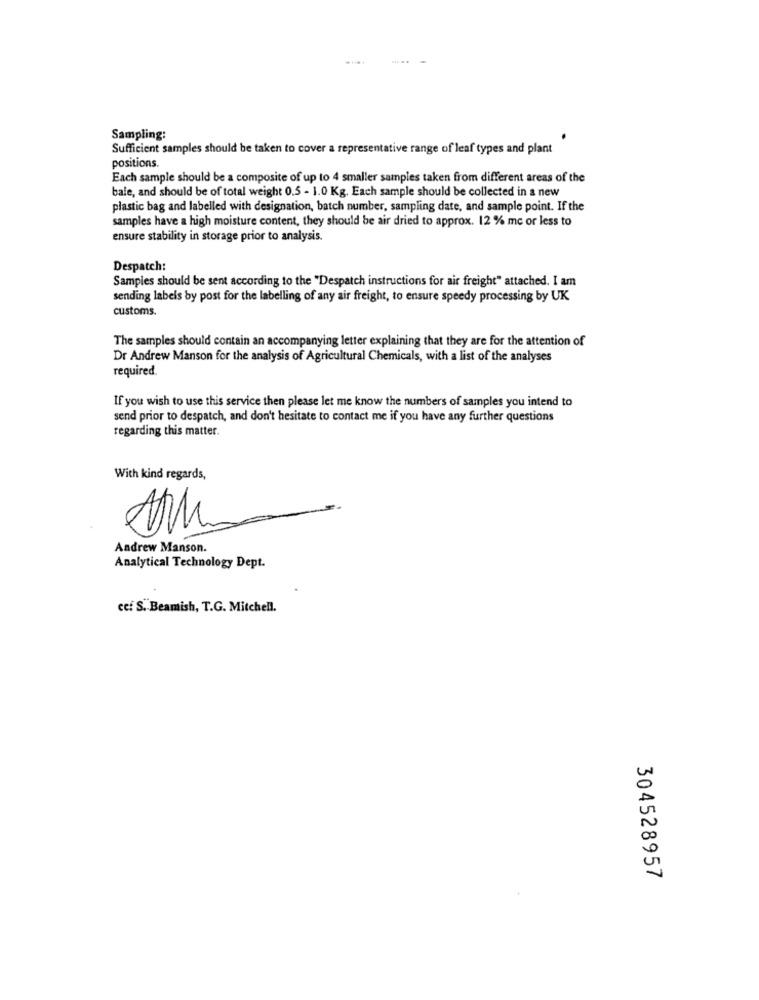
Sampling:
Sufficient samples should be taken to cover a representative range of leaf types and plant
positions.
Each sample should be a composite of up to 4 smaller samples taken from different areas of the
bale, and should be of total weight 0.5 - 1.0 Kg. Each sample should be collected in a new
plastic bag and labelled with designation, batch number, sampling date, and sample point. If the
samples have a high moisture content, they should be air dried to approx. 12 % mc or less to
ensure stability in storage prior to analysis.
Despatch:
Samples should be sent according to the "Despatch instructions for air freight" attached. I am
sending labels by post for the labelling of any air freight, to ensure speedy processing by UK
customs.
The samples should contain an accompanying letter explaining that they are for the attention of
Dr Andrew Manson for the analysis of Agricultural Chemicals, with a list of the analyses
required.
If you wish to use this service then please let me know the numbers of samples you intend to
send prior to despatch, and don't hesitate to contact me if you have any further questions
regarding this matter.
With kind regards,
Andrew Manson.
Analytical Technology Dept.
cc: S. Beamish, T.G. Mitchell.
304528957